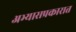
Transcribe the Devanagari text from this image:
अभ्यासप्रकारात